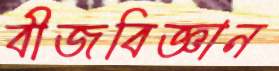
বীজবিজ্ঞান